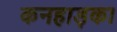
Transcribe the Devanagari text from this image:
कनहाड़का